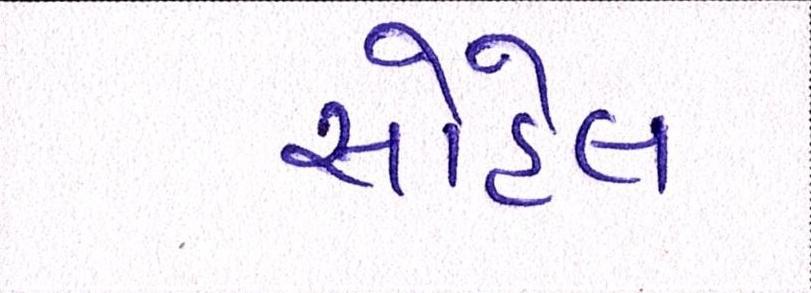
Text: સોહેલ